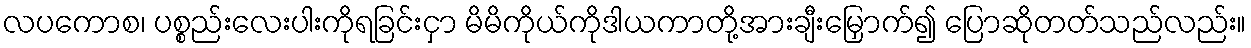
လပကောစ၊ ပစ္စည်းလေးပါးကိုရခြင်းငှာ မိမိကိုယ်ကိုဒါယကာတို့အားချီးမြှောက်၍ ပြောဆိုတတ်သည်လည်း။